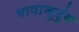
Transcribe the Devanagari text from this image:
भाषाकुटुंब